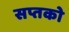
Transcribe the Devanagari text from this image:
सप्तको